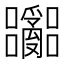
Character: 𫬽